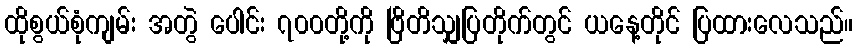
ထိုစွယ်စုံကျမ်း အတွဲ ပေါင်း ၇၀၀တို့ကို ဗြိတိသျှပြတိုက်တွင် ယနေ့တိုင် ပြထားလေသည်။